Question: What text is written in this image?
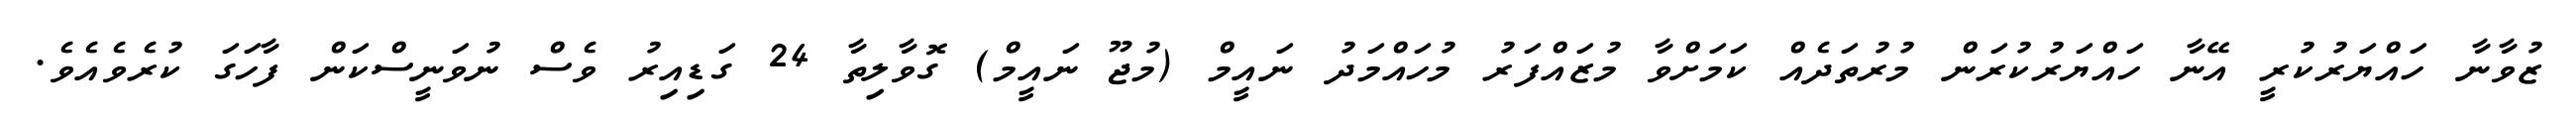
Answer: ޒުވާނާ ހައްޔަރުކުރީ އޭނާ ހައްޔަރުކުރަން މުރުތަދެއް ކަމަށްވާ މުޒައްފަރު މުހައްމަދު ނައީމް (މުޖޫ ނައީމް) ގޮވާލިތާ 24 ގަޑިއިރު ވެސް ނުވަނީސްކަން ފާހަގަ ކުރެވެއެވެ.